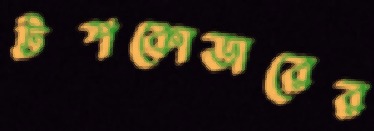
টপকোডারের